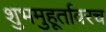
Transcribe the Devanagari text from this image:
शुभमुहूर्तावरच